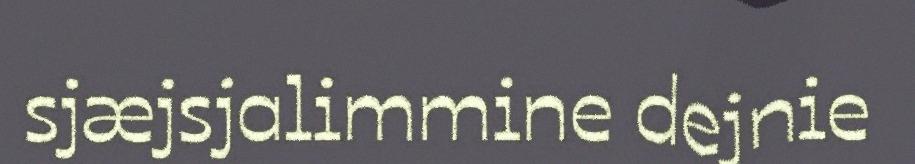
sjæjsjalimmine dejnie